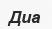
Диа